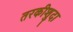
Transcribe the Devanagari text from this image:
तरकीशुदा